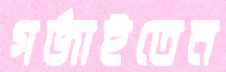
গর্জাইতেন